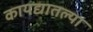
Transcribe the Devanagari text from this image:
कायद्यातल्या